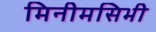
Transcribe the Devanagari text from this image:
मिनीमसिभी